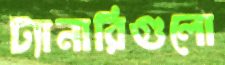
ট্যানারিগুলো